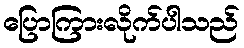
ပြောကြားလိုက်ပါသည်